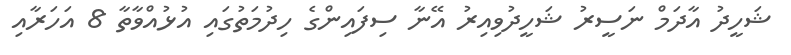
ޝަހީދު އާދަމް ނަސީރު ޝަހީދުވިއިރު އޭނާ ސިފައިންގެ ހިދުމަތުގައި އުޅުއްވާތާ 8 އަހަރާއި